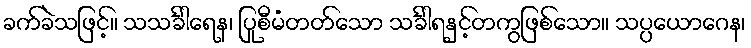
ခက်ခဲသဖြင့်။ သသင်္ခါရေန၊ ပြုစီမံတတ်သော သင်္ခါရနှင့်တကွဖြစ်သော။ သပ္ပယောဂေန၊